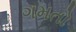
ગમતો